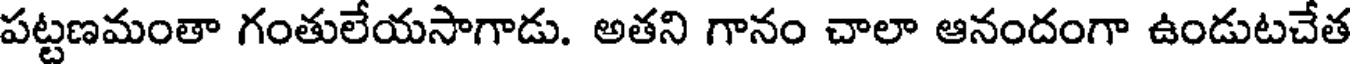
పట్టణమంతా గంతులేయసాగాడు. అతని గానం చాలా ఆనందంగా ఉండుటచేత